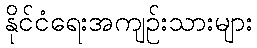
နိုင်ငံရေးအကျဉ်းသားများ